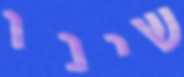
שינו